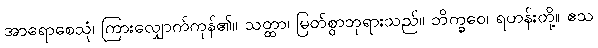
အာရောစေသုံ၊ ကြားလျှောက်ကုန်၏။ သတ္ထာ၊ မြတ်စွာဘုရားသည်။ ဘိက္ခဝေ၊ ရဟန်းတို့။ ဧသ